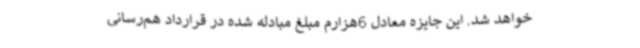
خواهد شد. این جایزه معادل 6هزارم مبلغ مبادله شده در قرارداد هم‌رسانی